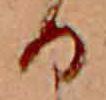
る